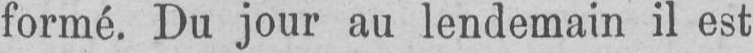
formé. Du jour au lendemain il est